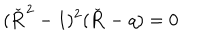
( \check { \bf R } ^ { 2 } - 1 ) ^ { 2 } ( \check { \bf R } - q ) = 0